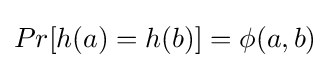
Pr[h(a)=h(b)]=\phi (a,b)